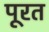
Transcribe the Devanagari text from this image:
पूरत